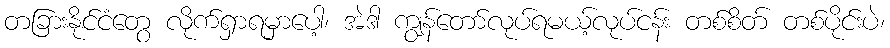
တခြားနိုင်ငံတွေ လိုက်ရှာရမှာပေါ့၊ အဲဒါ ကျွန်တော်လုပ်ရမယ့်လုပ်ငန်း တစ်စိတ် တစ်ပိုင်းပဲ၊